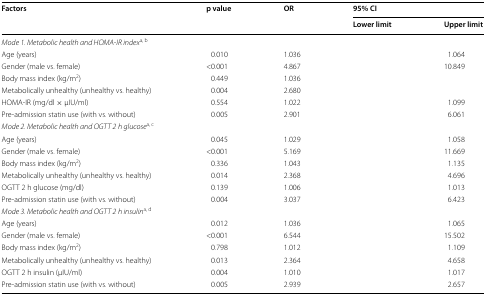
<table><thead><tr><td rowspan="2"><b>Factors</b></td><td rowspan="2"><b>p value</b></td><td rowspan="2"><b>OR</b></td><td colspan="2"><b>95% CI</b></td></tr><tr><td><b>Lower limit</b></td><td><b>Upper limit</b></td></tr></thead><tbody><tr><td colspan="5"><i>Mode 1. Metabolic health and HOMA-IR index</i><sup>a, b</sup></td></tr><tr><td>Age (years)</td><td>0.010</td><td>1.036</td><td>[EMPTY_CELL]</td><td>1.064</td></tr><tr><td>Gender (male vs. female)</td><td>&lt;0.001</td><td>4.867</td><td>[EMPTY_CELL]</td><td>10.849</td></tr><tr><td>Body mass index (kg/m<sup>2</sup>)</td><td>0.449</td><td>1.036</td><td>[EMPTY_CELL]</td><td>[EMPTY_CELL]</td></tr><tr><td>Metabolically unhealthy (unhealthy vs. healthy)</td><td>0.004</td><td>2.680</td><td>[EMPTY_CELL]</td><td>[EMPTY_CELL]</td></tr><tr><td>HOMA-IR (mg/dl × μIU/ml)</td><td>0.554</td><td>1.022</td><td>[EMPTY_CELL]</td><td>1.099</td></tr><tr><td>Pre-admission statin use (with vs. without)</td><td>0.005</td><td>2.901</td><td>[EMPTY_CELL]</td><td>6.061</td></tr><tr><td colspan="5"><i>Mode 2. Metabolic health and OGTT 2</i> <i>h glucose</i><sup>a, c</sup></td></tr><tr><td>Age (years)</td><td>0.045</td><td>1.029</td><td>[EMPTY_CELL]</td><td>1.058</td></tr><tr><td>Gender (male vs. female)</td><td>&lt;0.001</td><td>5.169</td><td>[EMPTY_CELL]</td><td>11.669</td></tr><tr><td>Body mass index (kg/m<sup>2</sup>)</td><td>0.336</td><td>1.043</td><td>[EMPTY_CELL]</td><td>1.135</td></tr><tr><td>Metabolically unhealthy (unhealthy vs. healthy)</td><td>0.014</td><td>2.368</td><td>[EMPTY_CELL]</td><td>4.696</td></tr><tr><td>OGTT 2 h glucose (mg/dl)</td><td>0.139</td><td>1.006</td><td>[EMPTY_CELL]</td><td>1.013</td></tr><tr><td>Pre-admission statin use (with vs. without)</td><td>0.004</td><td>3.037</td><td>[EMPTY_CELL]</td><td>6.423</td></tr><tr><td colspan="5"><i>Mode 3. Metabolic health and OGTT 2</i> <i>h insulin</i><sup>a, d</sup></td></tr><tr><td>Age (years)</td><td>0.012</td><td>1.036</td><td>[EMPTY_CELL]</td><td>1.065</td></tr><tr><td>Gender (male vs. female)</td><td>&lt;0.001</td><td>6.544</td><td>[EMPTY_CELL]</td><td>15.502</td></tr><tr><td>Body mass index (kg/m<sup>2</sup>)</td><td>0.798</td><td>1.012</td><td>[EMPTY_CELL]</td><td>1.109</td></tr><tr><td>Metabolically unhealthy (unhealthy vs. healthy)</td><td>0.013</td><td>2.364</td><td>[EMPTY_CELL]</td><td>4.658</td></tr><tr><td>OGTT 2 h insulin (μIU/ml)</td><td>0.004</td><td>1.010</td><td>[EMPTY_CELL]</td><td>1.017</td></tr><tr><td>Pre-admission statin use (with vs. without)</td><td>0.005</td><td>2.939</td><td>[EMPTY_CELL]</td><td>2.657</td></tr></tbody></table>